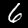
Digit: 6